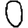
Digit: 0